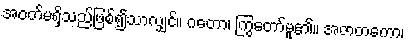
အဝတ်မရှိသည်ဖြစ်၍သာလျှင်။ ဂတော၊ ကြွတော်မူ၏။ အဇာတကော၊